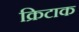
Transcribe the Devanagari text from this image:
क्रिटाक